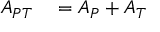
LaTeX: \begin{array} { r l } { A _ { P T } } & { { } = A _ { P } + A _ { T } } \end{array}